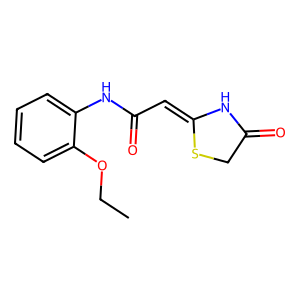
SMILES: CCOc1ccccc1NC(=O)C=C1NC(=O)CS1
Inhibits HIV replication: No